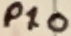
Text: P1.0